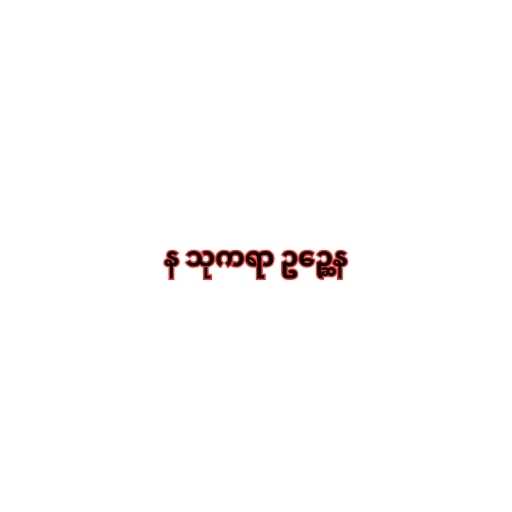
န သုကရာ ဥဉ္ဆေန